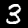
Digit: 3